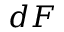
d F